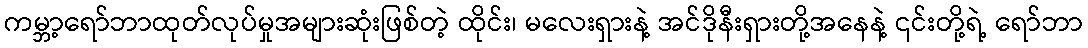
ကမ္ဘာ့ရော်ဘာထုတ်လုပ်မှုအများဆုံးဖြစ်တဲ့ ထိုင်း၊ မလေးရှားနဲ့ အင်ဒိုနီးရှားတို့အနေနဲ့ ၎င်းတို့ရဲ့ ရော်ဘာ